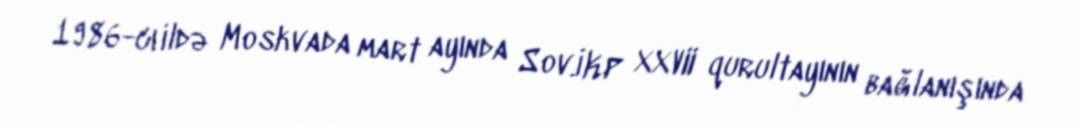
1986-cı ildə Moskvada mart ayında Sov.İKP XXVII qurultayının bağlanışında